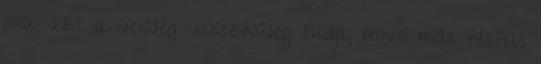
oka, azt a vendég valószínűleg tudja, mivel más férfias